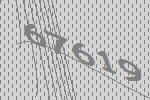
67619